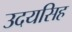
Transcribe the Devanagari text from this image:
उदयसिह